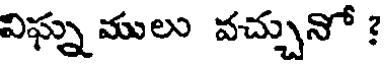
విఘ్నములు వచ్చునో ?